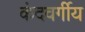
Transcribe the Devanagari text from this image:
कंदवर्गीय